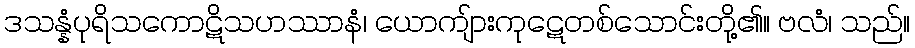
ဒသန္နံပုရိသကောဋိသဟဿာနံ၊ ယောကျ်ားကုဋေတစ်သောင်းတို့၏။ ဗလံ၊ သည်။